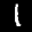
Label: 1